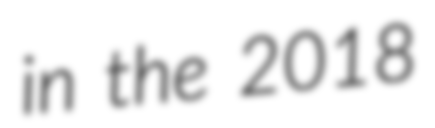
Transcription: in the 2018